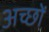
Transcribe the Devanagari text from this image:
अच्छों